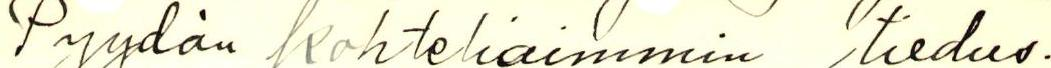
Pyydän kohteliaimmin tiedus.